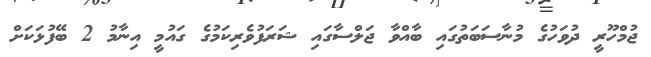
ޖުމްހޫރީ ދުވަހުގެ މުނާސަބަތުގައި ބާއްވާ ޖަލްސާގައި ޝަރަފުވެރިކަމުގެ ގައުމީ އިނާމު 2 ބޭފުޅަކަށް